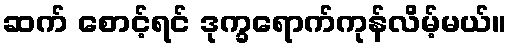
ဆက် စောင့်ရင် ဒုက္ခရောက်ကုန်လိမ့်မယ်။